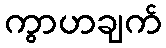
ကွာဟချက်